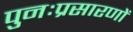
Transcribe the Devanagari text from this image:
पुनःप्रसारणों